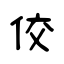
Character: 佼